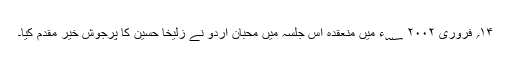
۱۴؍ فروری ۲۰۰۲ ؁ء میں منعقدہ اس جلسہ میں محبانِ اُردو نے زُلیخا حُسین کا پرجوش خیر مقدم کیا۔